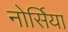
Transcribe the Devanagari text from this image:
नोर्सिया